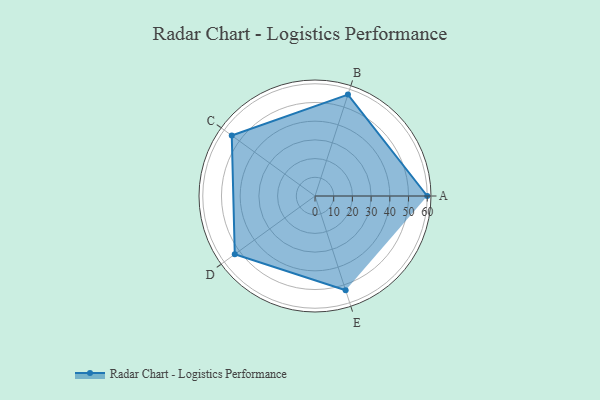
{"axis": {"x": "Skill", "y": "Score"}, "legend": ["Profile"], "data": [{"x": "A", "y": 60.0, "type": "Profile"}, {"x": "B", "y": 57.0, "type": "Profile"}, {"x": "C", "y": 55.0, "type": "Profile"}, {"x": "D", "y": 53.0, "type": "Profile"}, {"x": "E", "y": 53.0, "type": "Profile"}]}